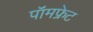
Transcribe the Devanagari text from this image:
पॉमफ्रेट